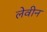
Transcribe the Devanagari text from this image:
लेवीन